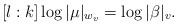
LaTeX: \begin{align*}[l : k] \log |\mu|_{w_v} = \log |\beta|_v.\end{align*}